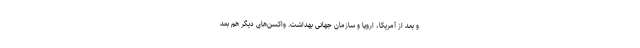
و بعد از آمریکا، اروپا و سازمان جهانی بهداشت. واکسن‌های دیگر هم بعد